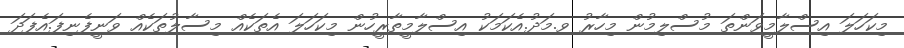
މިކަހަލަ އިސްލާމީވަންތަ މުސްލިމުން މިހާރު ވ.މަދު.އެކަމަކު އިސްލާމީތާރީހުން މިކަހަލަ އެތަކެއް މިސާލުތަކެއް ވަނީފެނިފަ.އެފަދަ